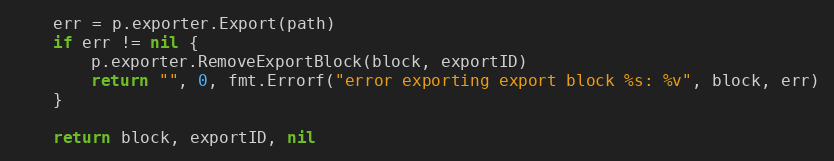
Language: Go
	err = p.exporter.Export(path)
	if err != nil {
		p.exporter.RemoveExportBlock(block, exportID)
		return "", 0, fmt.Errorf("error exporting export block %s: %v", block, err)
	}

	return block, exportID, nil